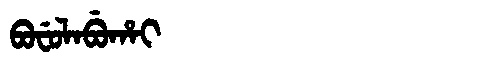
Manchu: ᠪᠣᠸᡠᠯᠠᠪᡠᡥᠠᡳ
Romanization: BOFULABUHAI